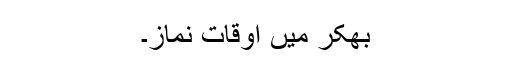
بھکر میں اوقات نماز۔